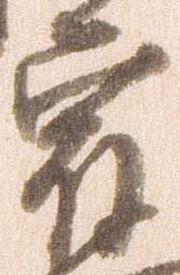
宿